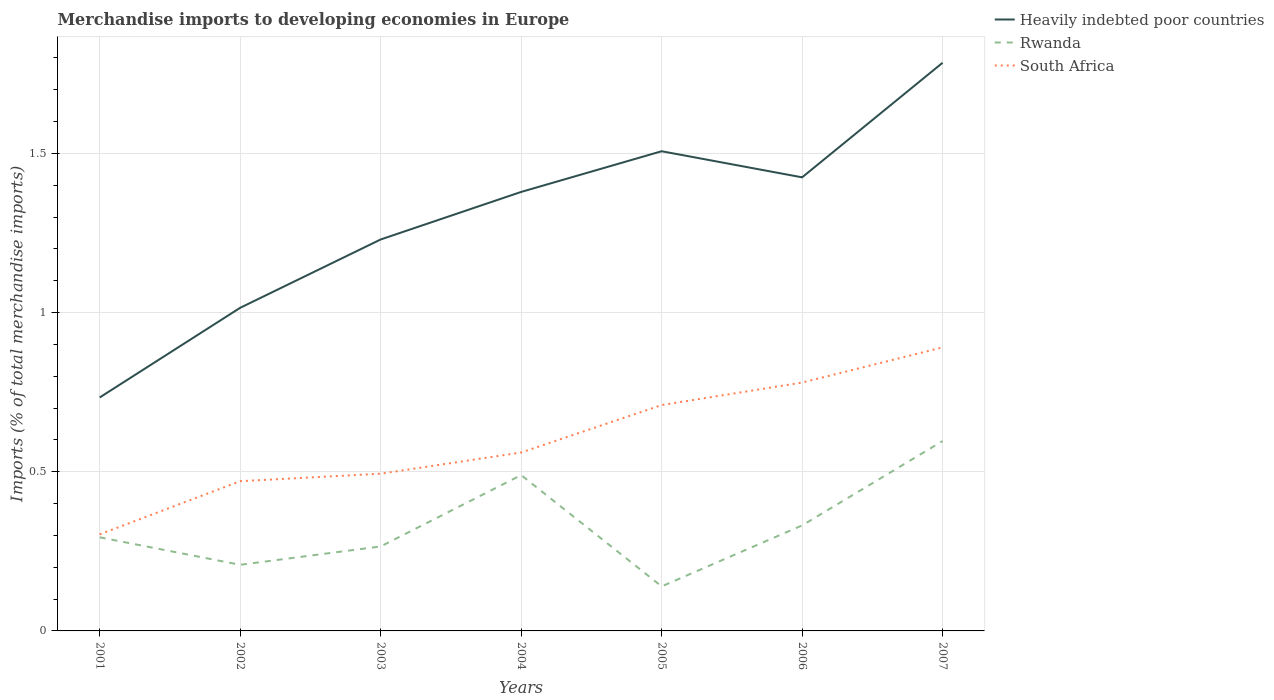
| Years | Heavily indebted poor countries | Rwanda | South Africa |
 | --- | --- | --- | --- |
 | 2001 | 0.733 | 0.294 | 0.303 |
 | 2002 | 1.01 | 0.208 | 0.47 |
 | 2003 | 1.23 | 0.265 | 0.494 |
 | 2004 | 1.38 | 0.489 | 0.56 |
 | 2005 | 1.51 | 0.14 | 0.709 |
 | 2006 | 1.42 | 0.331 | 0.78 |
 | 2007 | 1.78 | 0.596 | 0.891 |